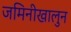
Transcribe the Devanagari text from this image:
जमिनीखालुन